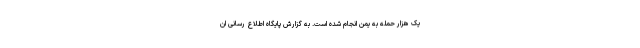
یک هزار حمله به یمن انجام شده است. به گزارش پایگاه اطلاع رسانی ان